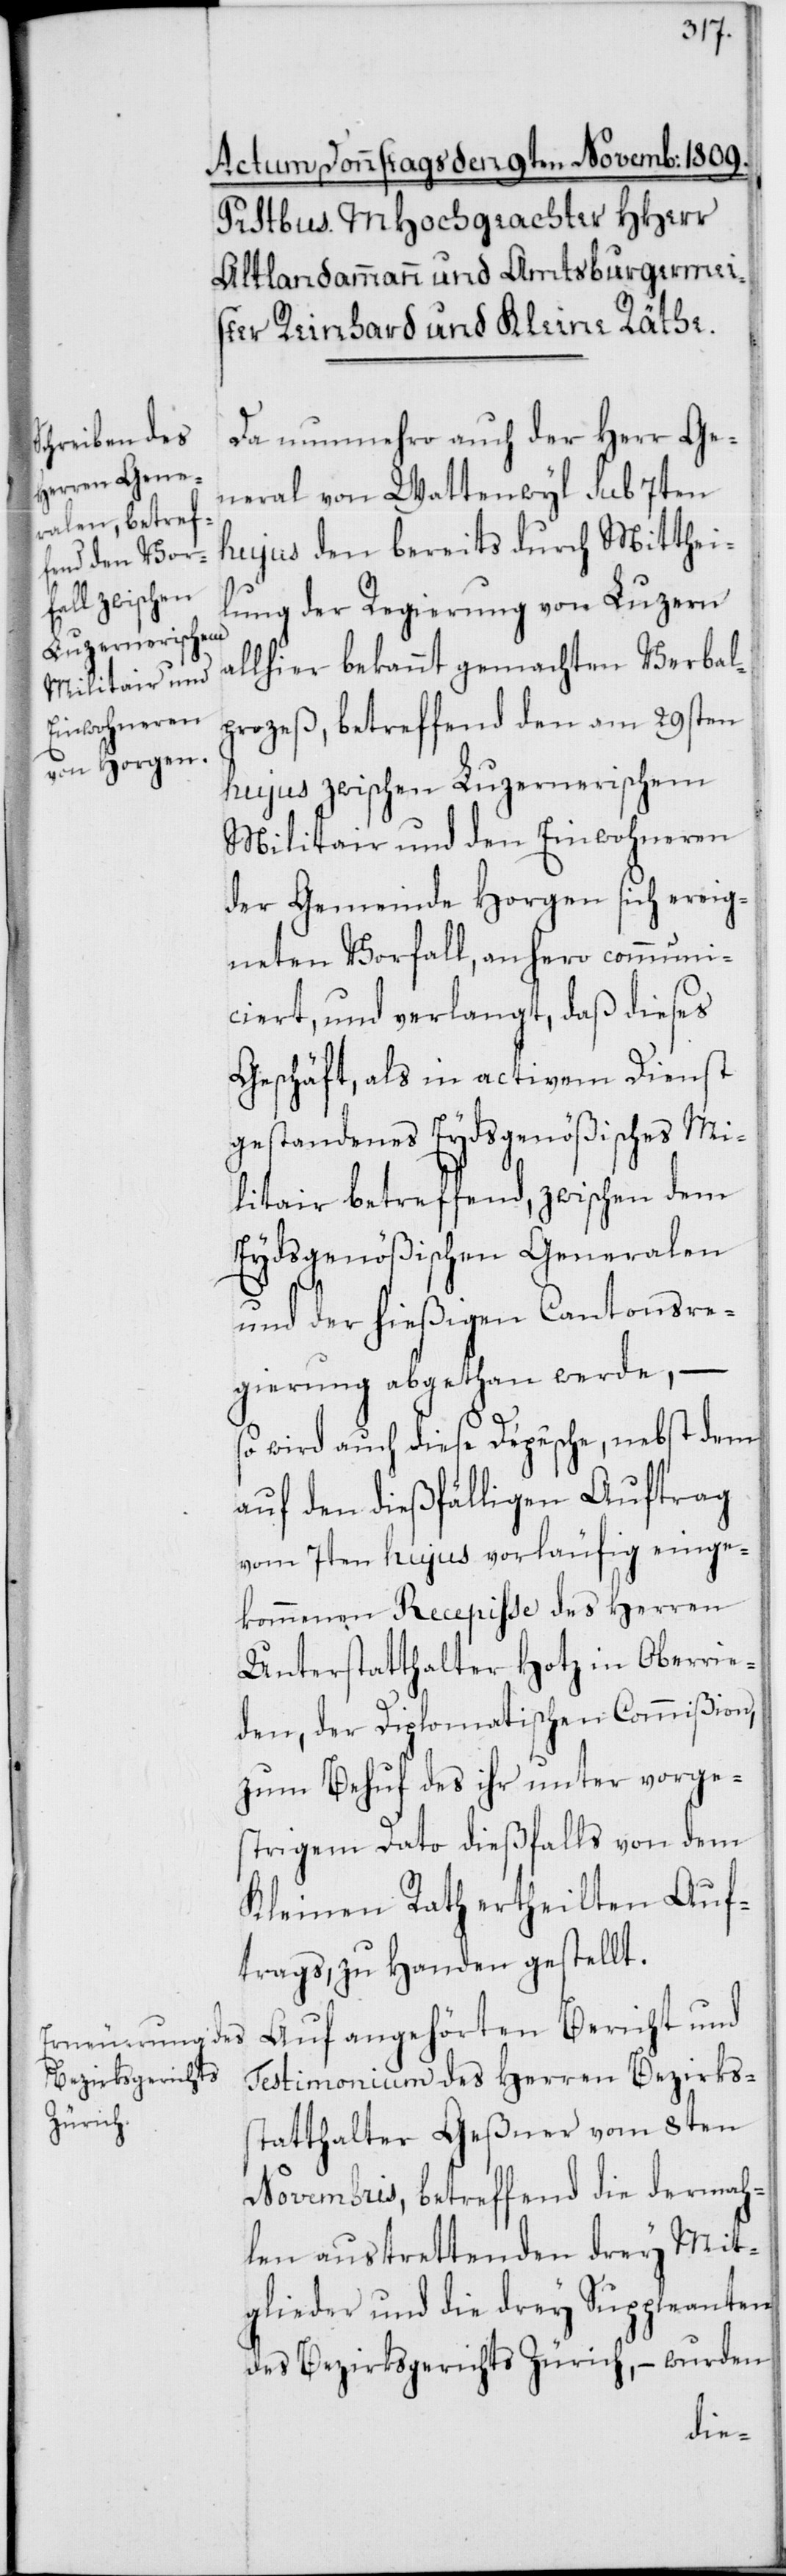
Da nunmehro auch der Herr Ge¬
neral von Wattenwyl sub 7ten
hujus den bereits durch Mitthei¬
lung der Regierung von Luzern
allhier bekannt gemachten Verbal¬
prozeß, betreffend den am 29sten
hujus zwischen Luzernerischem
Militair und den Einwohneren
der Gemeinde Horgen sich ereig¬
neten Vorfall, anhero communi¬
ciert, und verlangt, daß dieses
Geschäft, als in activem Dienst
gestandenes Eydsgenößisches Mi¬
litair betreffend, zwischen dem
Eydsgenößischen Generalen
und der hießigen Cantonsre¬
gierung abgethan werde, –
so wird auch diese Dépêche, nebst dem
auf den dießfälligen Auftrag
vom 7ten hujus vorläufig einge¬
kommenen Recepiße des Herren
Unterstatthalter Hotz in Oberrie¬
den, der Diplomatischen Commißion,
zum Behuf des ihr unter vorge¬
strigem Dato dießfalls von dem
Kleinen Rath ertheilten Auf¬
trags, zu Handen gestellt.
Auf angehörten Bericht und
Testimonium des Herren Bezirks¬
statthalter Geßner vom 8ten
Novembris, betreffend die dermah¬
len austrettenden drey Mit¬
glieder und die drey Suppleanten
des Bezirksgerichts Zürich, – wurden